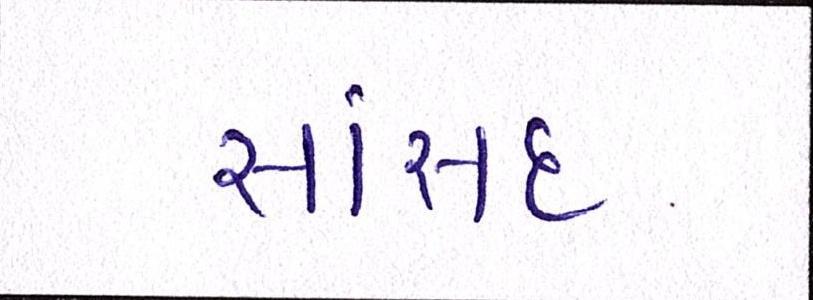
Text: સાંસદ